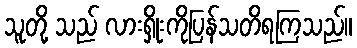
သူတို့ သည် လားရှိုးကိုပြန်သတိရကြသည်။